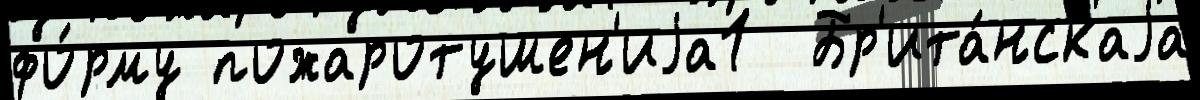
фо́рму пожаротушен'иjа1  Бр'ита́нскаjа